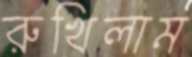
রুখিলাম